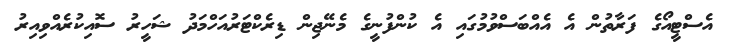
އެސްޓީއޯގެ ފަރާތުން އެ އެއްބަސްވުމުގައި އެ ކުންފުނީގެ މެނޭޖިން ޑިރެކްޓަރުއަހްމަދު ޝަހީރު ސޮއިކުރެއްވިއިރު